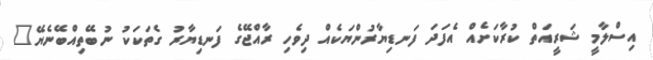
އިސްލާމީ ޝަރީއަތް ކުރާކަށެއް އެފަދަ ފަނޑިޔާރުންޔަކެއް ދިވެހި ރާއްޖޭގެ ފަނޑިޔާރު ގެތަކަކު ނުބޭތިއްބޭނެޔޭ"